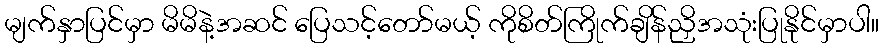
မျက်နှာပြင်မှာ မိမိနဲ့အဆင် ပြေသင့်တော်မယ့် ကိုစိတ်ကြိုက်ချိန်ညှိအသုံးပြုနိုင်မှာပါ။